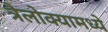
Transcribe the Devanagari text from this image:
त्रैलोक्यामध्ये